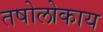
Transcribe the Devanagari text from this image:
तषोलोकाय